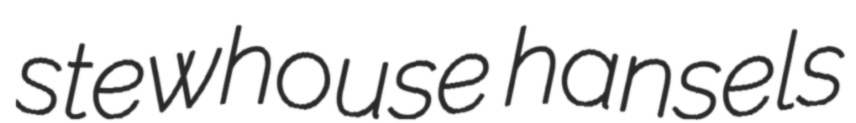
stewhouse hansels